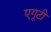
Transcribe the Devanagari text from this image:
एगूटी